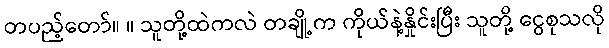
တပည့်တော်။ ။ သူတို့ထဲကလဲ တချို့က ကိုယ်နဲ့နှိုင်းပြီး သူတို့ ငွေစုသလို